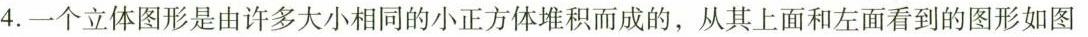
4.一个立体图形是由许多大小相同的小正方体堆积而成的，从其上面和左面看到的图形如图